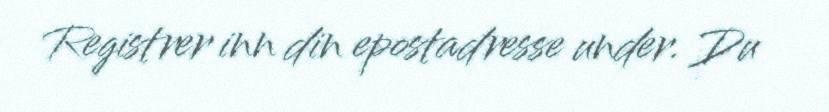
Registrer inn din epostadresse under. Du